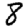
Digit: 8